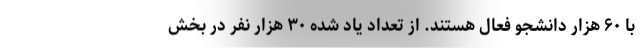
با ۶۰ هزار دانشجو فعال هستند. از تعداد یاد شده ۳۰ هزار نفر در بخش